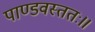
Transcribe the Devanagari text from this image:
पाण्डवस्ततः॥